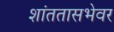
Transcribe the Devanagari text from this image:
शांततासभेवर